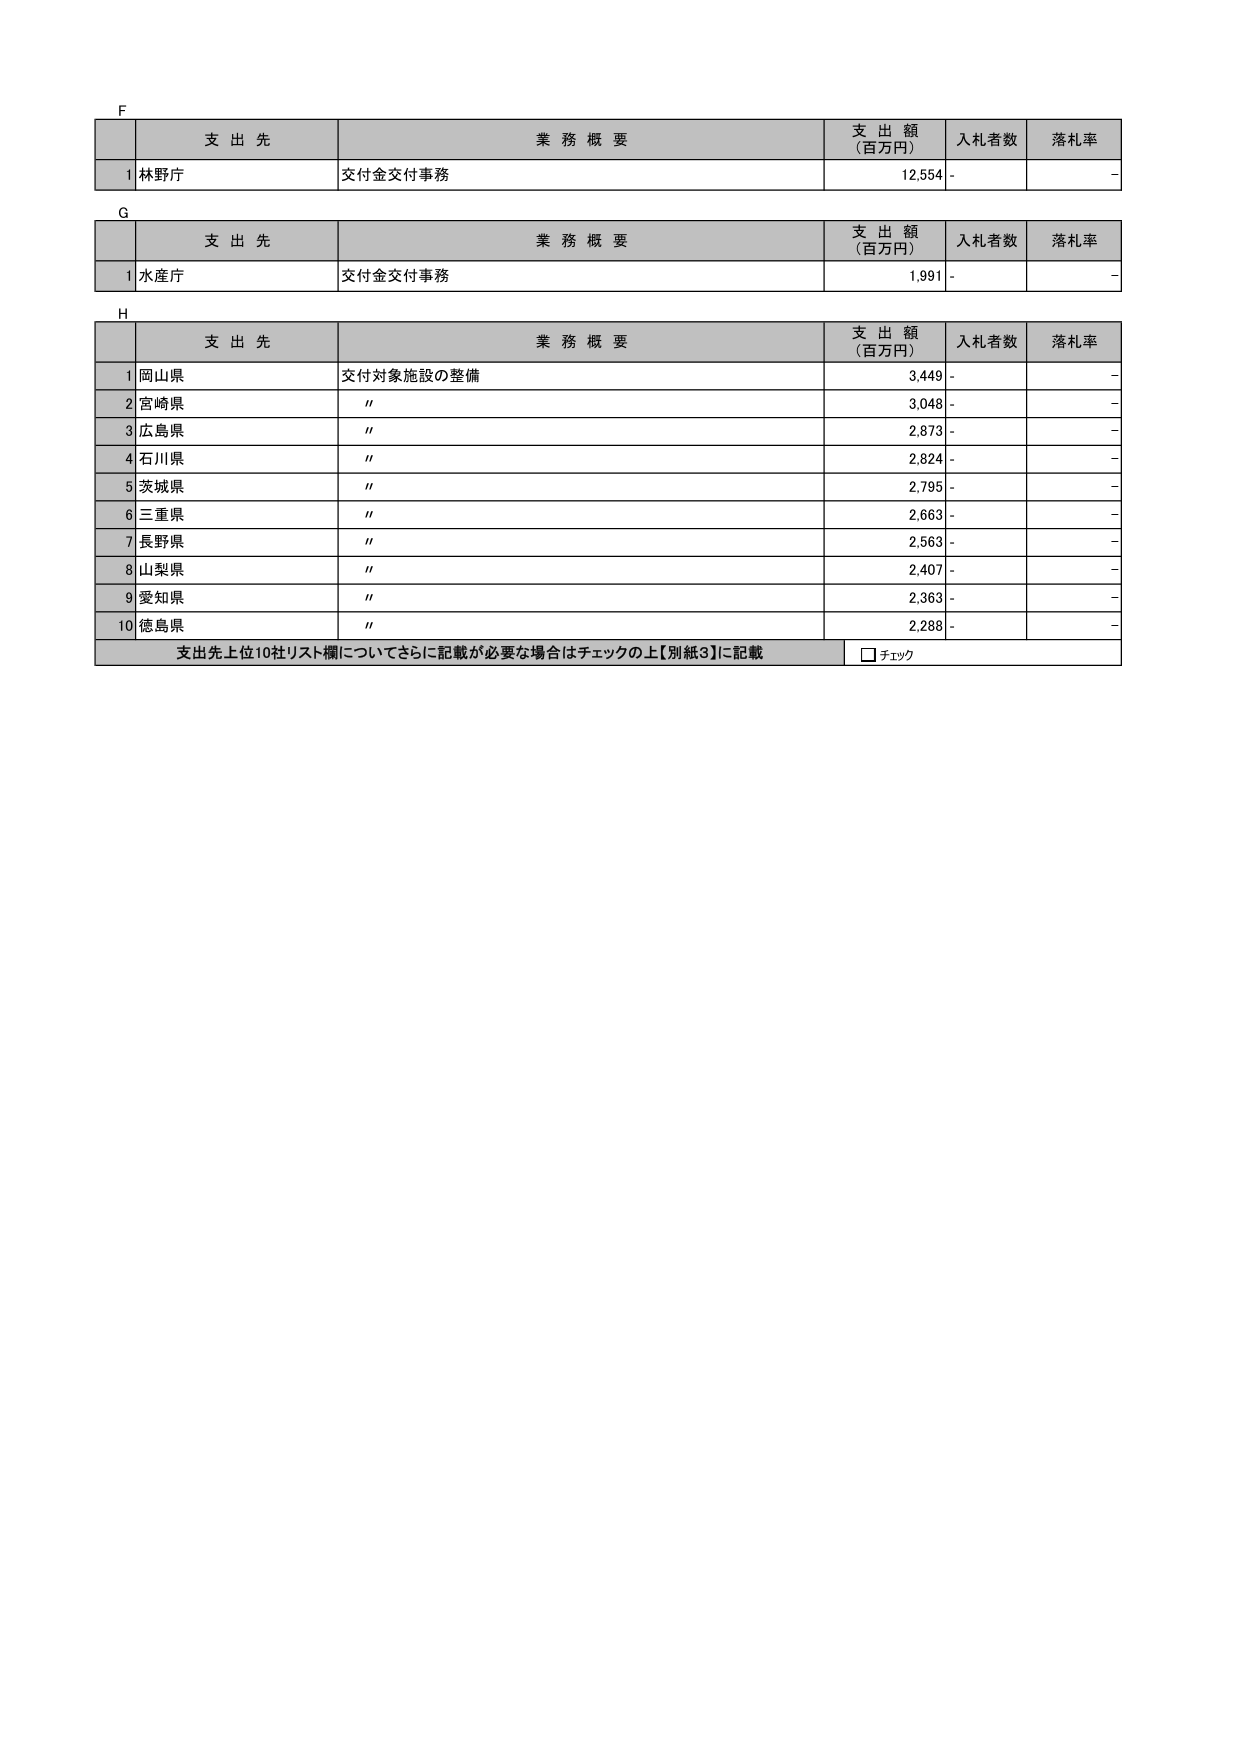
F
支 出 先 業 務 概 要 支 出 額 （百万円） 入札者数 落札率
1 林野庁 交付金交付事務 12,554 - -

G
支 出 先 業 務 概 要 支 出 額 （百万円） 入札者数 落札率
1 水産庁 交付金交付事務 1,991 - -

H
支 出 先 業 務 概 要 支 出 額 （百万円） 入札者数 落札率
1 岡山県 交付対象施設の整備 3,449 - -
2 宮崎県 " 3,048 - -
3 広島県 " 2,873 - -
4 石川県 " 2,824 - -
5 茨城県 " 2,795 - -
6 三重県 " 2,663 - -
7 長野県 " 2,563 - -
8 山梨県 " 2,407 - -
9 愛知県 " 2,363 - -
10 徳島県 " 2,288 - -
支出先上位10社リスト欄についてさらに記載が必要な場合はチェックの上【別紙3】に記載 □ チェック